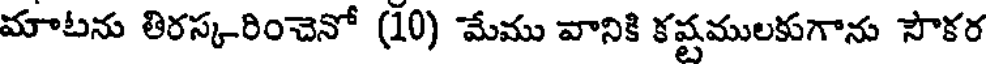
మాటను తిరస్కరించెనో (10) మేము వానికి కష్టములకుగాను సౌకర